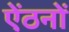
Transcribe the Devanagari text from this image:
ऐंठनों